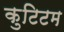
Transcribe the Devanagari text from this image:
कुटिटम